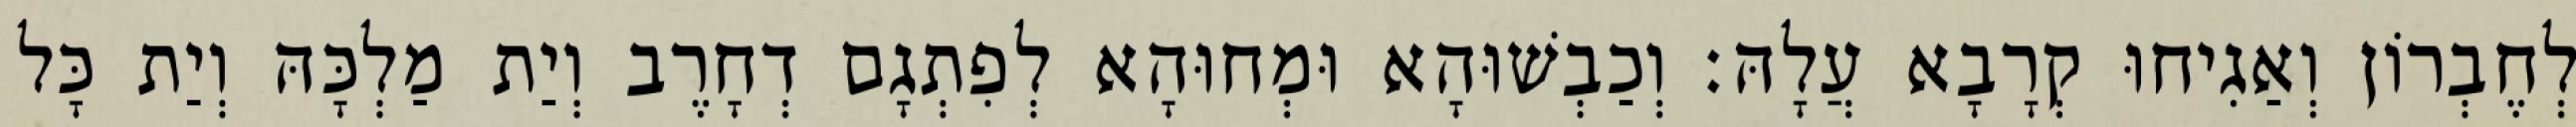
לְחֶבְרוֹן וְאַגִיחוּ קְרָבָא עֲלָהּ׃ וְכַבְשׁוּהָא וּמְחוּהָא לְפִתְגָם דְחָרֶב וְיַת מַלְכָּהּ וְיַת כָּל